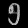
Digit: ၅